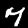
Label: 7